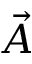
\vec { A }